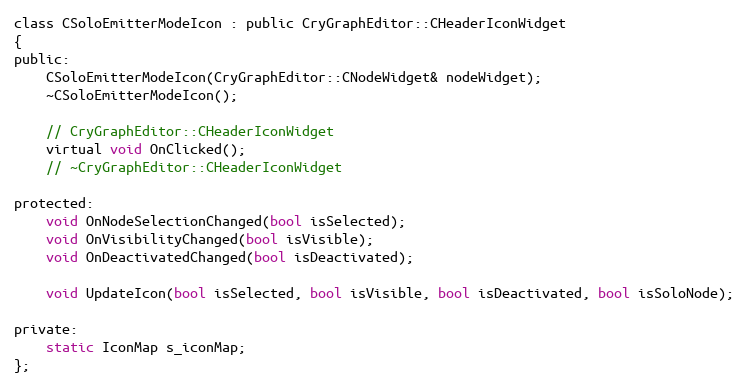
Language: C
class CSoloEmitterModeIcon : public CryGraphEditor::CHeaderIconWidget
{
public:
	CSoloEmitterModeIcon(CryGraphEditor::CNodeWidget& nodeWidget);
	~CSoloEmitterModeIcon();

	// CryGraphEditor::CHeaderIconWidget
	virtual void OnClicked();
	// ~CryGraphEditor::CHeaderIconWidget

protected:
	void OnNodeSelectionChanged(bool isSelected);
	void OnVisibilityChanged(bool isVisible);
	void OnDeactivatedChanged(bool isDeactivated);

	void UpdateIcon(bool isSelected, bool isVisible, bool isDeactivated, bool isSoloNode);

private:
	static IconMap s_iconMap;
};